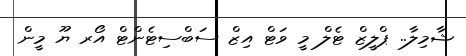
ޝާމިލާ.. ޕްލީޒް ޓެލް މީ ވަޓް އިޒް ސަބްސިޓެންޓް އޯރ ޔޫ މީން